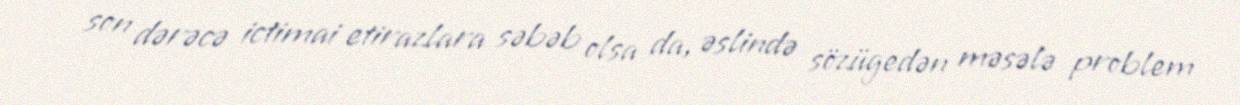
son dərəcə ictimai etirazlara səbəb olsa da, əslində sözügedən məsələ problem